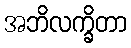
အဘိလက္ခိတာ